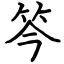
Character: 笒